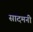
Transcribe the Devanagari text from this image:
सादमनी